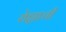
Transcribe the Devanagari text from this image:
रोह्याची